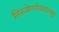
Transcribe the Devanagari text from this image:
तिरुवेण्णेयनल्लूर